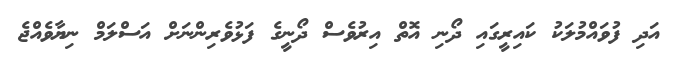
އަދި ފުވައްމުލަކު ކައިރީގައި ދޯނި އޮތް އިރުވެސް ދޯނީގެ ފަޅުވެރިންނަށް އަސްލަމް ނިޔާވެއްޖެ